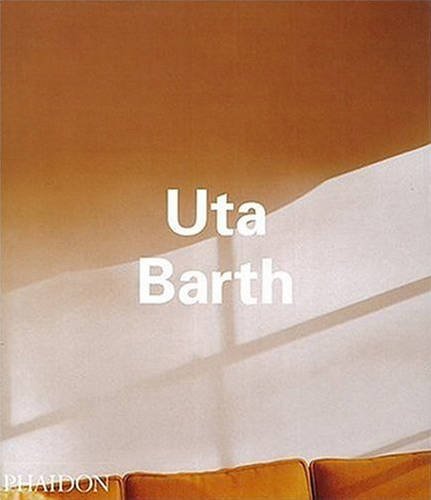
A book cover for Uta Barth (Contemporary Artists); Matthew Higgs; Arts & Photography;